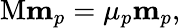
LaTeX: \mathrm{M}\mathbf{m}_{p}=\mu_{p}\mathbf{m}_{p},